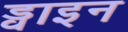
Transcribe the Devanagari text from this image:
ड्वाइन